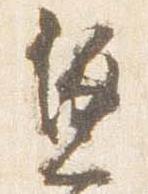
兼